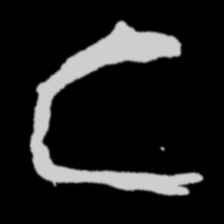
Pyu character \u2014 Myanmar letter: င (romanized: nga)